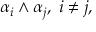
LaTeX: \alpha _ { i } \wedge \alpha _ { j } , \; i \neq j ,